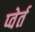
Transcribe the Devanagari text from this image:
प्वेर्त